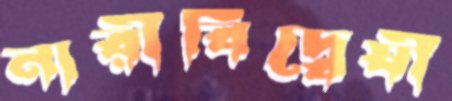
নারীবিদ্বেষী